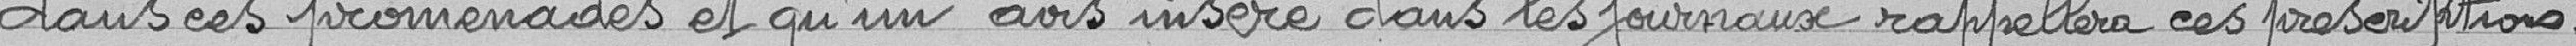
dans ces promenades et qu'un avis inséré dans les journaux rappellera ces prescriptions.